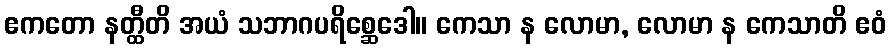
ဧကတော နတ္ထီတိ အယံ သဘာဂပရိစ္ဆေဒေါ။ ကေသာ န လောမာ, လောမာ န ကေသာတိ ဧဝံ